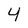
Character: 4